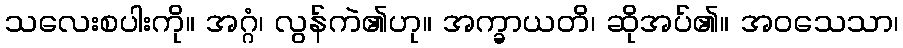
သလေးစပါးကို။ အဂ္ဂံ၊ လွန်ကဲ၏ဟု။ အက္ခာယတိ၊ ဆိုအပ်၏။ အဝသေသာ၊